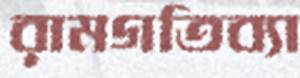
রামগতিব্যা